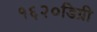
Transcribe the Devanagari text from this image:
१६२०डिग्री